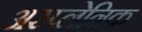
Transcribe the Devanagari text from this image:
अस्प्लेनिक